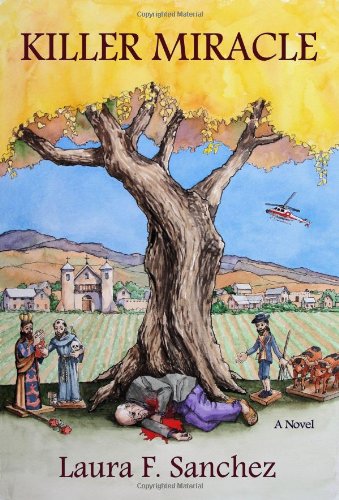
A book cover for Killer Miracle; Laura F. Sanchez; Christian Books & Bibles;